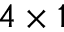
4 \times 1